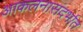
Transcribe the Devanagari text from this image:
आकलनासंदर्भात